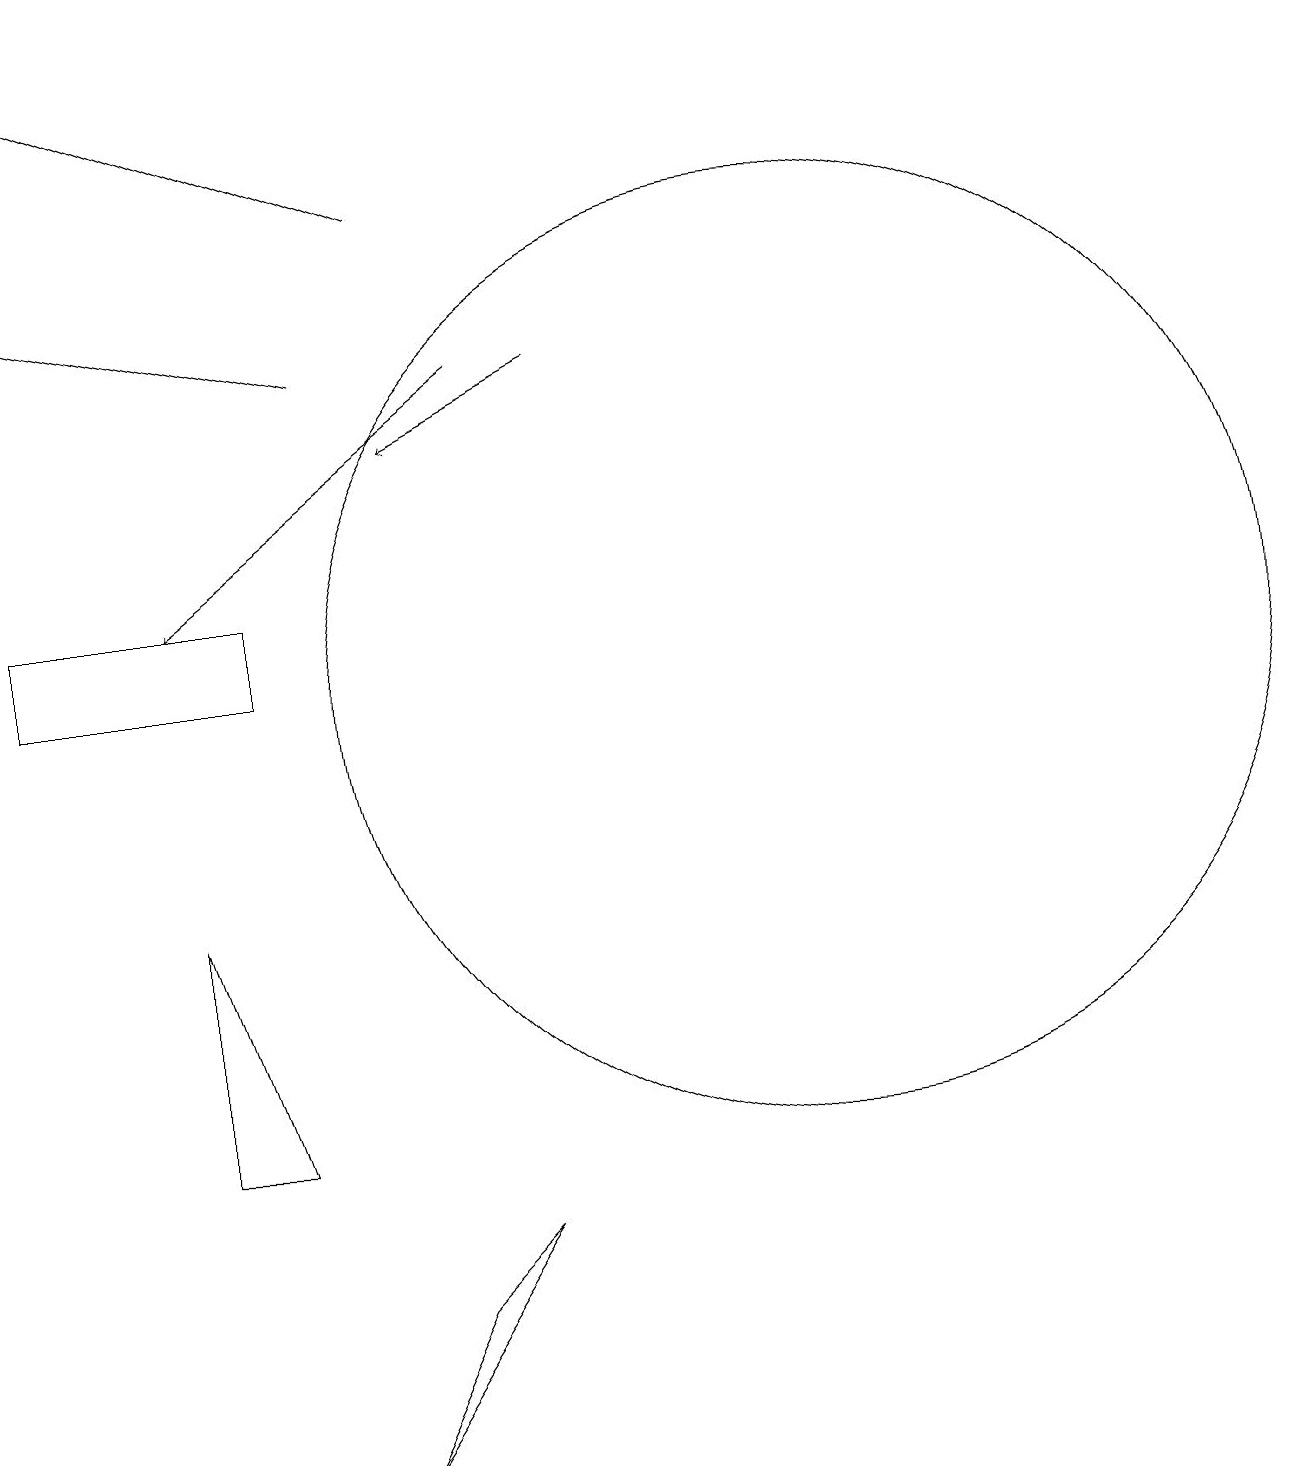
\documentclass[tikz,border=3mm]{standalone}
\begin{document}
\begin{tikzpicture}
\draw[->] (7,15) -- (3,12);
\draw (11,11) circle (6);
\draw[->] (5,15) -- (1,16);
\draw[->] (6,17) -- (1,19);
\draw[->] (8,15) -- (6,14);
\draw (4,12) rectangle (1,11);
\draw (5,1) -- (7,4) -- (6,3) -- cycle;
\draw (3,8) -- (3,5) -- (4,5) -- cycle;
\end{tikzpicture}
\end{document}